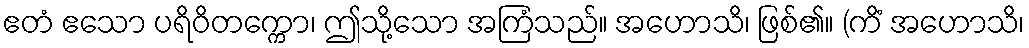
ဧတံ ဧသော ပရိဝိတက္ကော၊ ဤသို့သော အကြံသည်။ အဟောသိ၊ ဖြစ်၏။ (ကိံ အဟောသိ၊